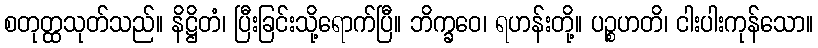
စတုတ္ထသုတ်သည်။ နိဋ္ဌိတံ၊ ပြီးခြင်းသို့ရောက်ပြီ။ ဘိက္ခဝေ၊ ရဟန်းတို့။ ပဉ္စဟတိ၊ ငါးပါးကုန်သော။